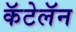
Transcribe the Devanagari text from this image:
कॅटेलॅन